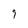
Character: 9